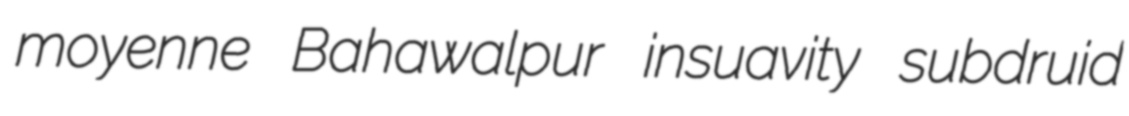
moyenne Bahawalpur insuavity subdruid